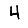
Digit: 4